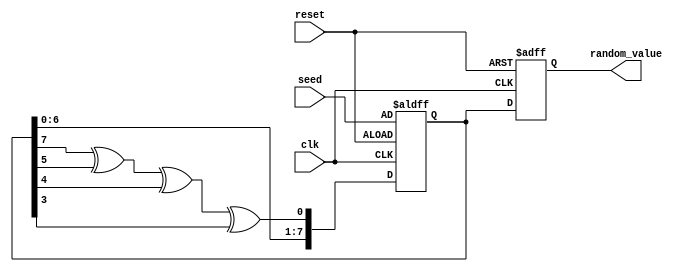
module random_initialization #(
    parameter WIDTH = 8 // can be configured for different output widths
) (
    input wire clk,
    input wire reset,
    input wire [WIDTH-1:0] seed, // seed for initialization
    output reg [WIDTH-1:0] random_value
);

reg [WIDTH-1:0] lfsr; // Linear Feedback Shift Register

// LFSR feedback polynomial (example for a 8-bit LFSR: x^8 + x^6 + x^5 + x^4 + 1)
wire feedback = lfsr[7] ^ lfsr[5] ^ lfsr[4] ^ lfsr[3];

always @(posedge clk or posedge reset) begin
    if (reset) begin
        random_value <= 0; // Reset the output value
        lfsr <= seed; // Initialize the LFSR with the seed value
    end else begin
        // Shift logic for LFSR
        lfsr <= {lfsr[WIDTH-2:0], feedback}; // Shift and insert feedback
        random_value <= lfsr; // Update output with the current LFSR value
    end
end

endmodule